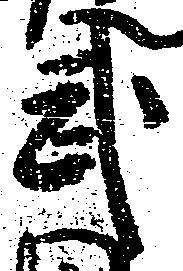
武